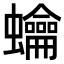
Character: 𧕋